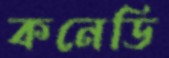
কনেডি